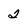
Character: 2